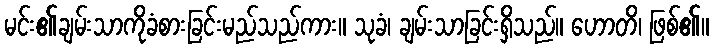
မင်း၏ချမ်းသာကိုခံစားခြင်းမည်သည်ကား။ သုခံ၊ ချမ်းသာခြင်းရှိသည်။ ဟောတိ၊ ဖြစ်၏။